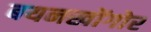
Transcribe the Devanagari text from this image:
बयनखोंगोर